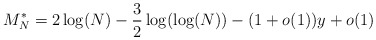
\begin{align*}M_{N}^{*} = 2\log(N) - \frac{3}{2}\log(\log(N))-(1+o(1))y+o(1) \end{align*}